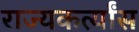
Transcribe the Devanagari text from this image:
राज्यकर्त्यांस